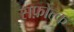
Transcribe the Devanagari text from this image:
सफ़ोल्क